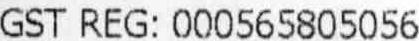
GST REG: 000565805056